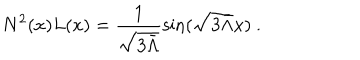
N ^ { 2 } ( x ) L ( x ) = \frac { 1 } { \sqrt { 3 \bar { \Lambda } } } \sin ( \sqrt { 3 \bar { \Lambda } } x ) \ .